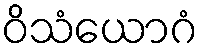
ဝိသံယောဂံ